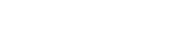
ကားဈေးကွက်တွင်